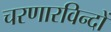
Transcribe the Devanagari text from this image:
चरणारविन्दों